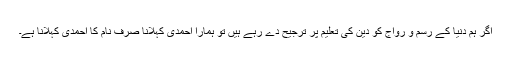
اگر ہم دنیا کے رسم و رواج کو دین کی تعلیم پر ترجیح دے رہے ہیں تو ہمارا احمدی کہلانا صرف نام کا احمدی کہلانا ہے۔